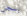
بسجن